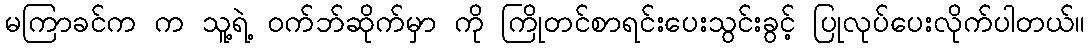
မကြာခင်က က သူ့ရဲ့ ဝက်ဘ်ဆိုက်မှာ ကို ကြိုတင်စာရင်းပေးသွင်းခွင့် ပြုလုပ်ပေးလိုက်ပါတယ်။